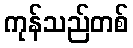
ကုန်သည်တစ်